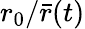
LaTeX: r_{0}/{\bar{r}}(t)